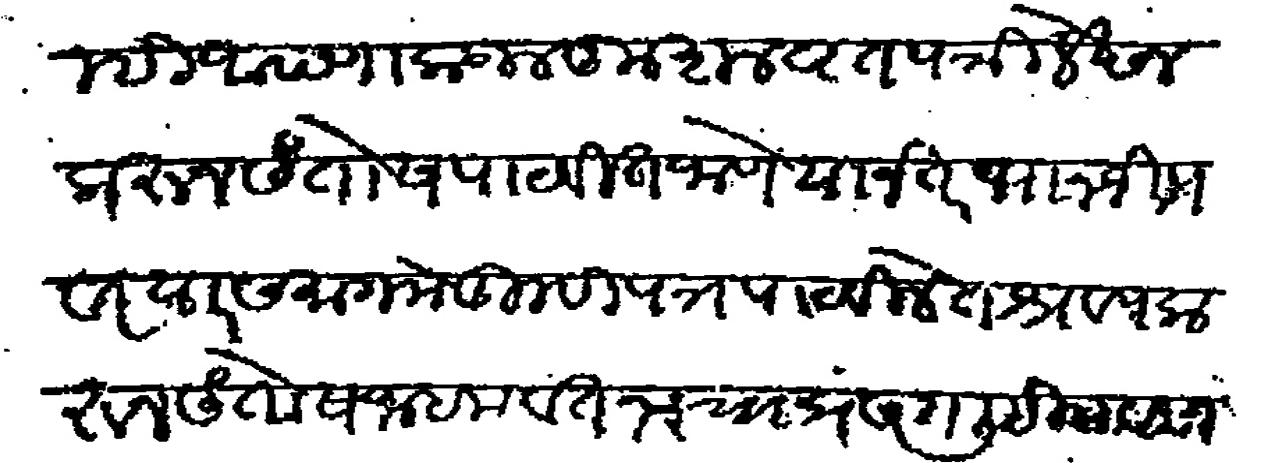
Transliteration (Devanagari): तुम्ही आपणाकडील कुशलवृत पत्री लेखन करून संतोष पाठवीत जाणे यानंतर भानजी पवार या समागमे तुम्ही पत्र पाठविले ते श्रवण करून संतोष जाहाला वतनाचा प्रसंग लिहीला व सांगोन